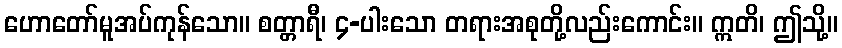
ဟောတော်မူအပ်ကုန်သော။ စတ္တာရီ၊ ၄-ပါးသော တရားအစုတို့လည်းကောင်း။ ဣတိ၊ ဤသို့။